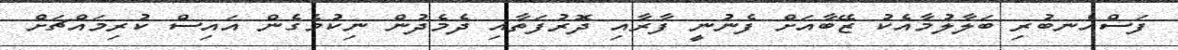
ފަސްއެނބުރި ބަލާލުމާއެކު ޒޭބާއަށް ފެނުނީ ފާރާއި ދޮރުފަތާއި ދެމެދުން ނިކުމެގެން އައިސް ކުރިމައްޗަށް